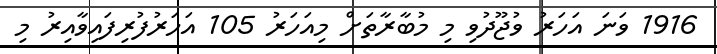
1916 ވަނަ އަހަރު ވުޖޫދުވި މި މުބާރާތަށް މިއަހަރު 105 އަހަރުފުރިފައިވާއިރު މި